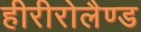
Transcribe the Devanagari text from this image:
हीरीरोलैण्ड